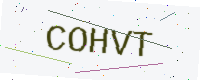
Text: COHVT